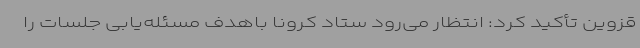
قزوین تأکید کرد: انتظار می‌رود ستاد کرونا باهدف مسئله‌یابی جلسات را